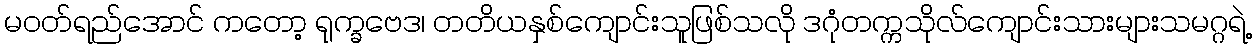
မဝတ်ရည်အောင် ကတော့ ရုက္ခဗေဒ၊ တတိယနှစ်ကျောင်းသူဖြစ်သလို ဒဂုံတက္ကသိုလ်ကျောင်းသားများသမဂ္ဂရဲ့